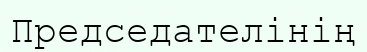
Председателінің